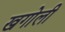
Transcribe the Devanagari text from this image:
खगोली